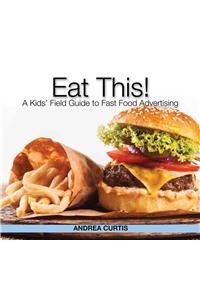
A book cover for Eat This!: A Kids' Field Guide to Fast Food Advertising; Andrea Curtis; Teen & Young Adult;